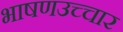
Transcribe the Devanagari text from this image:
भाषणउच्चार